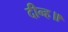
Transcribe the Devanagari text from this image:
दीन्ह॥